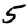
Digit: 5